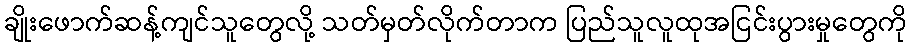
ချိုးဖောက်ဆန့်ကျင်သူတွေလို့ သတ်မှတ်လိုက်တာက ပြည်သူလူထုအငြင်းပွားမှုတွေကို